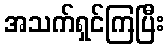
အသက်ရှင်ကြပြီး